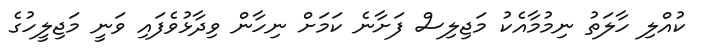
ކުއްލި ހާލަތު ނިމުމާއެކު މަޖިލިސް ފަށާނެ ކަމަށް ނިހާން ވިދާޅުވެފައި ވަނީ މަޖިލީހުގެ